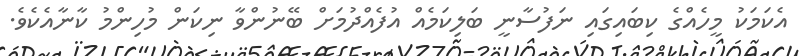
އެކަމަކު މީހެއްގެ ކިބައިގައި ނަފުސާނީ ބަލިކަމެއް އުފެއްދުމަށް ބޭނުންވާ ނިކަން މުހިންމު ކާނާއެކެވެ.